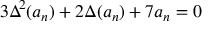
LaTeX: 3 \Delta ^ { 2 } ( a _ { n } ) + 2 \Delta ( a _ { n } ) + 7 a _ { n } = 0